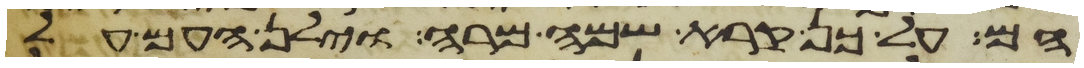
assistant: הם על כן קרא שמה מרה וילן העם על